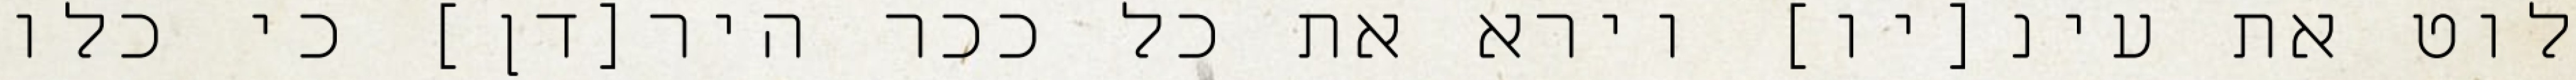
לוט את עינ[יו] וירא את כל ככר היר[דן] כי כלו